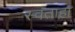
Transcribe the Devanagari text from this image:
स्वताहा